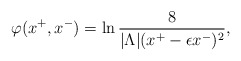
\begin{align*}\varphi(x^+,x^-)=\ln{{8}\over{|\Lambda|(x^+-\epsilon x^-)^2}},\end{align*}